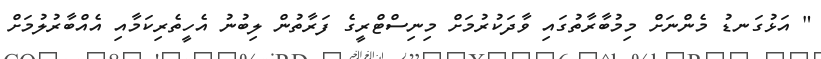
" އަޅުގަނޑު މެންނަށް މިމުބާރާތުގައި ވާދަކުރުމަށް މިނިސްޓްރީގެ ފަރާތުން ލިބުނު އެހީތެރިކަމާއި އެއްބާރުލުމަށް